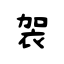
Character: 袈